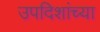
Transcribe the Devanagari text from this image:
उपदिशांच्या